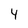
Character: 4